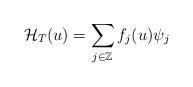
LaTeX: \begin{align*}\mathcal{H}_T(u) = \sum_{j\in \mathbb{Z}}f_j(u)\psi_j\end{align*}